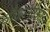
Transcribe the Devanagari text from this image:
चौकांचौकांतून